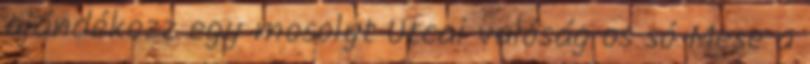
ajándékozz egy mosolyt Utcai valóság os só Mese a